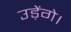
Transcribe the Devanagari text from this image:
उड़ेंगे।